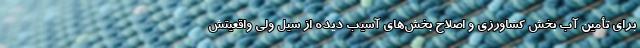
برای تأمین آب بخش کشاورزی و اصلاح بخش‌های آسیب دیده از سیل ولی واقعیتش